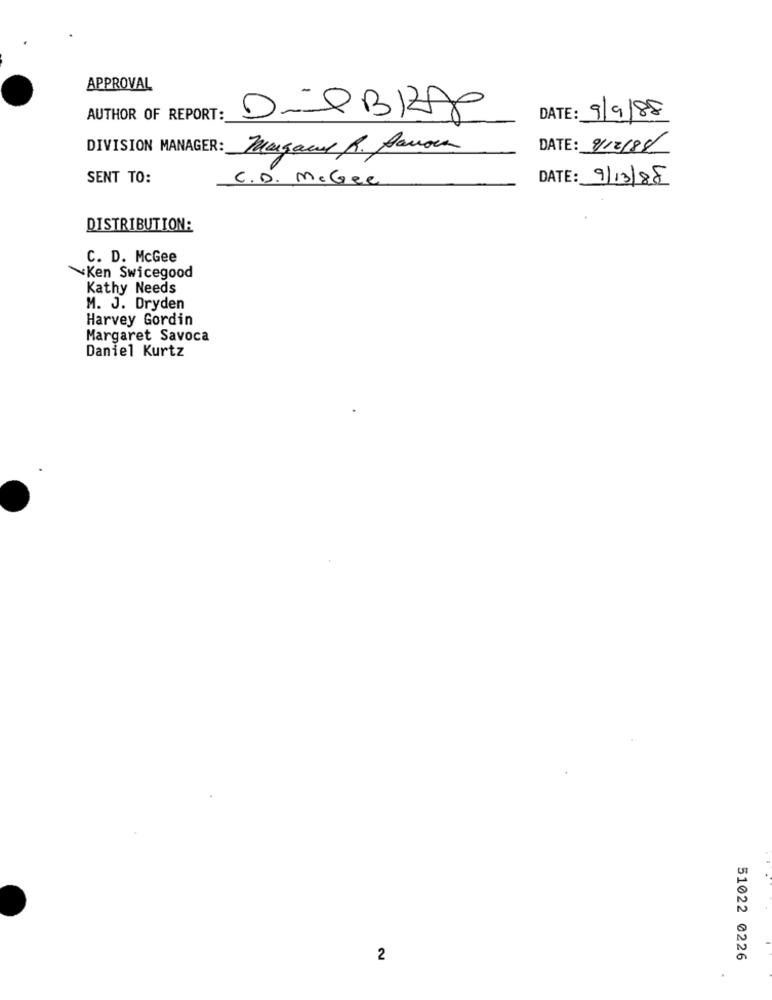
APPROVAL
AUTHOR OF REPORT:
DATE: 9/9/88
DIVISION MANAGER: Margaux R. Sanou
DATE: 8/12/88
SENT TO:
C.D. McGee
9/13/88
DISTRIBUTION:
C. D. McGee
Ken Swicegood
Kathy Needs
M. J. Dryden
Harvey Gordin
Margaret Savoca
Daniel Kurtz
2
51022 0226